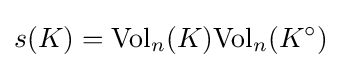
s(K)={\text{Vol}}_{n}(K){\text{Vol}}_{n}(K^{\circ })